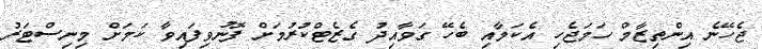
ޖެހޭނެ އިންތިޒާމް ހަމަޖެހި އެކަމާއި ބެހޭ ގަވާއިދު ގެޒެޓްކުރުމަށް ފޮނުވިފައިވާ ކަމަށް މިނިސްޓަރު